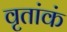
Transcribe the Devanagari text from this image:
वृतांकं